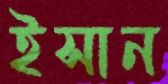
ইসান